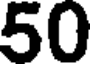
50